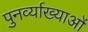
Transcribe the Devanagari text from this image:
पुनर्व्याख्याओं